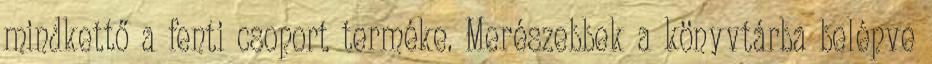
mindkettő a fenti csoport terméke. Merészebbek a könyvtárba belépve